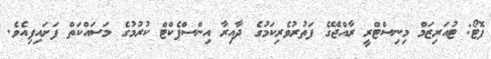
ފޮޓޯ: ޓުއަރިޒަމް މިނިސްޓްރީ ރާއްޖޭގެ ފަތުރުވެރިކަމުގެ ދާއިރާ އިންސްޕެކްޓް ކުރުމުގެ މަސައްކަތް ފަށައިފިއެވެ.